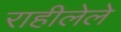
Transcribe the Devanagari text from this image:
राहीलेले